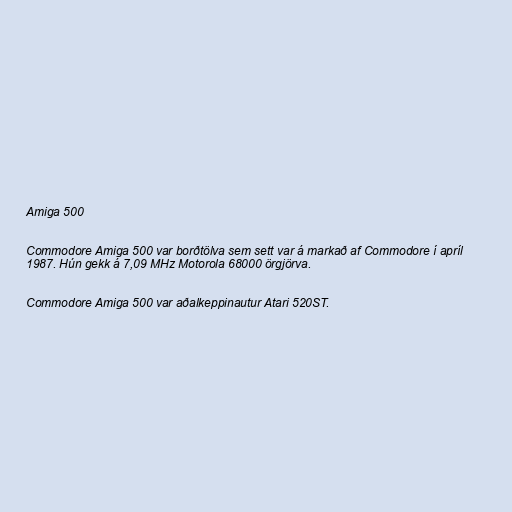
Amiga 500

Commodore Amiga 500 var borðtölva sem sett var á markað af Commodore í apríl
1987. Hún gekk á 7,09 MHz Motorola 68000 örgjörva.

Commodore Amiga 500 var aðalkeppinautur Atari 520ST.